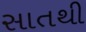
સાતથી